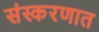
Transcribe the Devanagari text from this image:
संस्करणात